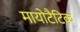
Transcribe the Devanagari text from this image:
मायोटैटिक